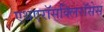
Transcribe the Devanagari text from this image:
एथएरॉसक्लिरॉसेस